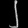
Digit: ၂